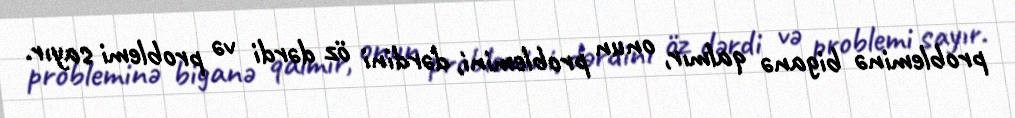
probleminə biganə qalmır, onun problemini, dərdini öz dərdi və problemi sayır.